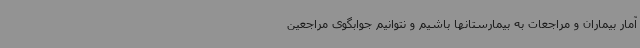
آمار بیماران و مراجعات به بیمارستانها باشیم و نتوانیم جوابگوی مراجعین